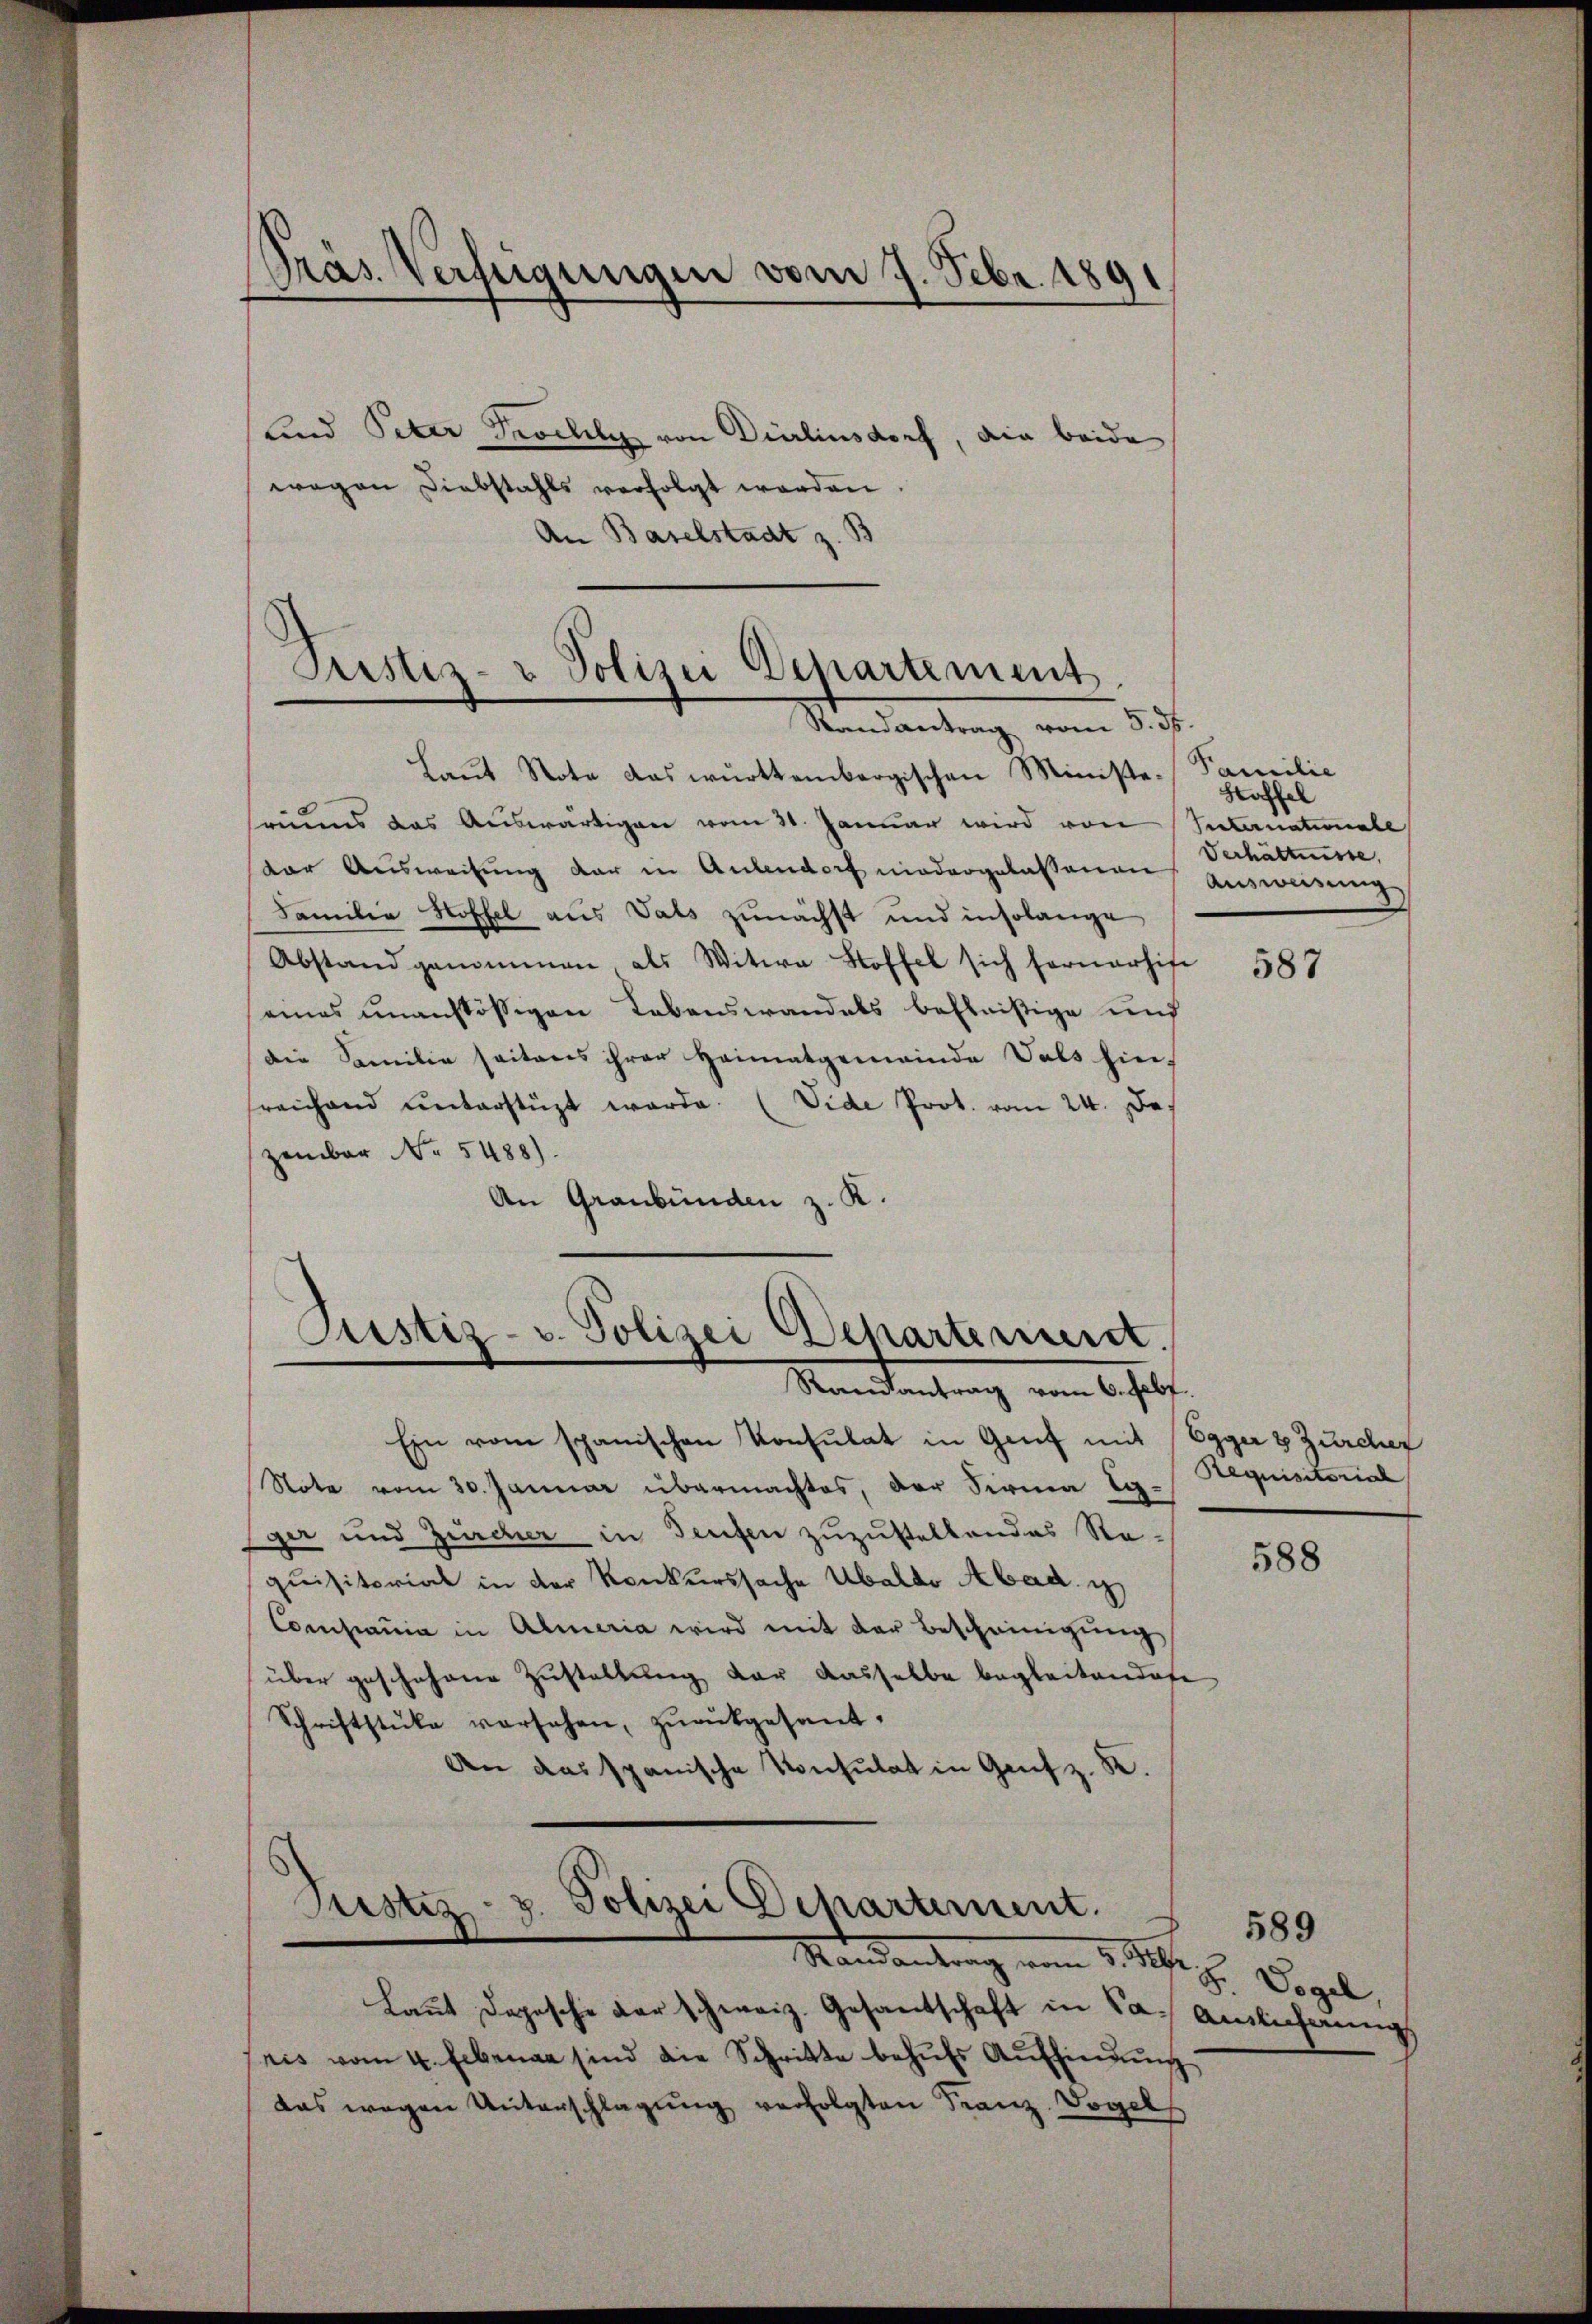
Präs. Verfügungen vom 7. Febr. 1891

und Peter Prochel von Dierlinsdorf, die beide
wegen Diebstahls verfolgt worden
An Baselstadt z. B

Pristiz- & Polizei Departement
Mandantung, vom 15t.

Justiz- u. Polizei Departement.
Randantrag vom 6. Febr.

Laŭt Note das württembergischen Ministeseums das Auswärtigen vom 30. Januar wird von Suternationale
der Ausweisung der in Anlendorf niedergelassenen Ausweisung
Familia Hoffel aus Vats zunächst und insolange
Abstand genommen als Witwe Stoffel sich fernerhie
eines unanstößigen Lebenswandels befleißige und
Die Familie seitens ihrer Heimatgemeinde Vals hin-
sreichend ŭnterstüzt werde. (Vide Prot. vom 24. De
zember No. 5488).
An Graubünden z. K.

Justiz- & Polizei Dekartement.
Mandantrag vom 5. Febr.

Ein vom spanischen Konsulat in Genf mit Egger 3 Zürcher
Note vom 30. Januar übermachtes, der Firma Egger und Zürcher in Teufen zuzustellendes Requisitorial in der Konkurssache Übeldo Abad.
Compania in Almeria wird mit der Bescheinigung
über geschehene Zustellung der dasselbe begleitendete
Schriftstücke versehen, zurückgesant.
An das spanische Konsulat in Genf z. K.

Laŭt Depesche der schweiz. Gesandschaft in das Amtlicherung
pris vom 4. Ebenan sind die Schritte behufs Auffindung
das wegen Unterschlagung verfolgten Franz Vogels

Familie
Staffel
Verhältnisse,

587

Requisitorial

588

F. Vogel

589